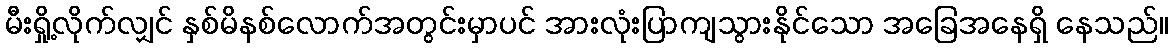
မီးရှို့လိုက်လျှင် နှစ်မိနစ်လောက်အတွင်းမှာပင် အားလုံးပြာကျသွားနိုင်သော အခြေအနေရှိ နေသည်။